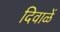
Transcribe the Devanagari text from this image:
दिवाळें